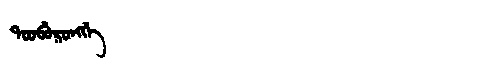
Manchu: ᡨᠣᠣᠪᡠᡵᠣᠩᡤᡝ
Romanization: TOOBURONGGE